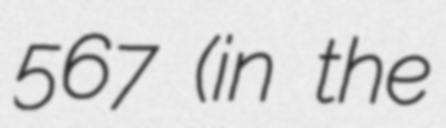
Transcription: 567 (in the